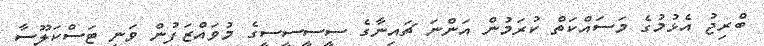
ބްރިޖު އެޅުމުގެ މަސައްކަތް ކުރަމުން އަންނަ ޗައިނާގެ ސީސީސީސީގެ މުވައްޒަފުން ވަނީ ޓަސްކަލޫސާ